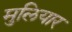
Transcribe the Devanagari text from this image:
मुलियार